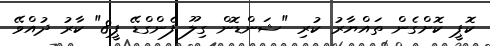
ކޮޕީ ކޮށްގެން ތައްޔާރު ކުރި "ޝަންޑޮން ގިލޫ ފެންގްޑޭ ޕީ8" ކާރު ދުއްވޭ